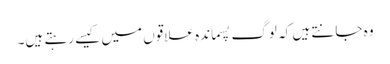
وہ جانتے ہیں کہ لوگ پسماندہ علاقوں میں کیسے رہتے ہیں۔